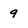
Character: 9